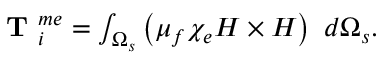
\begin{array} { r } { \textbf { T } _ { i } ^ { m e } = \int _ { \Omega _ { s } } \left( \mu _ { f } \chi _ { e } H \times H \right) ~ d \Omega _ { s } . } \end{array}